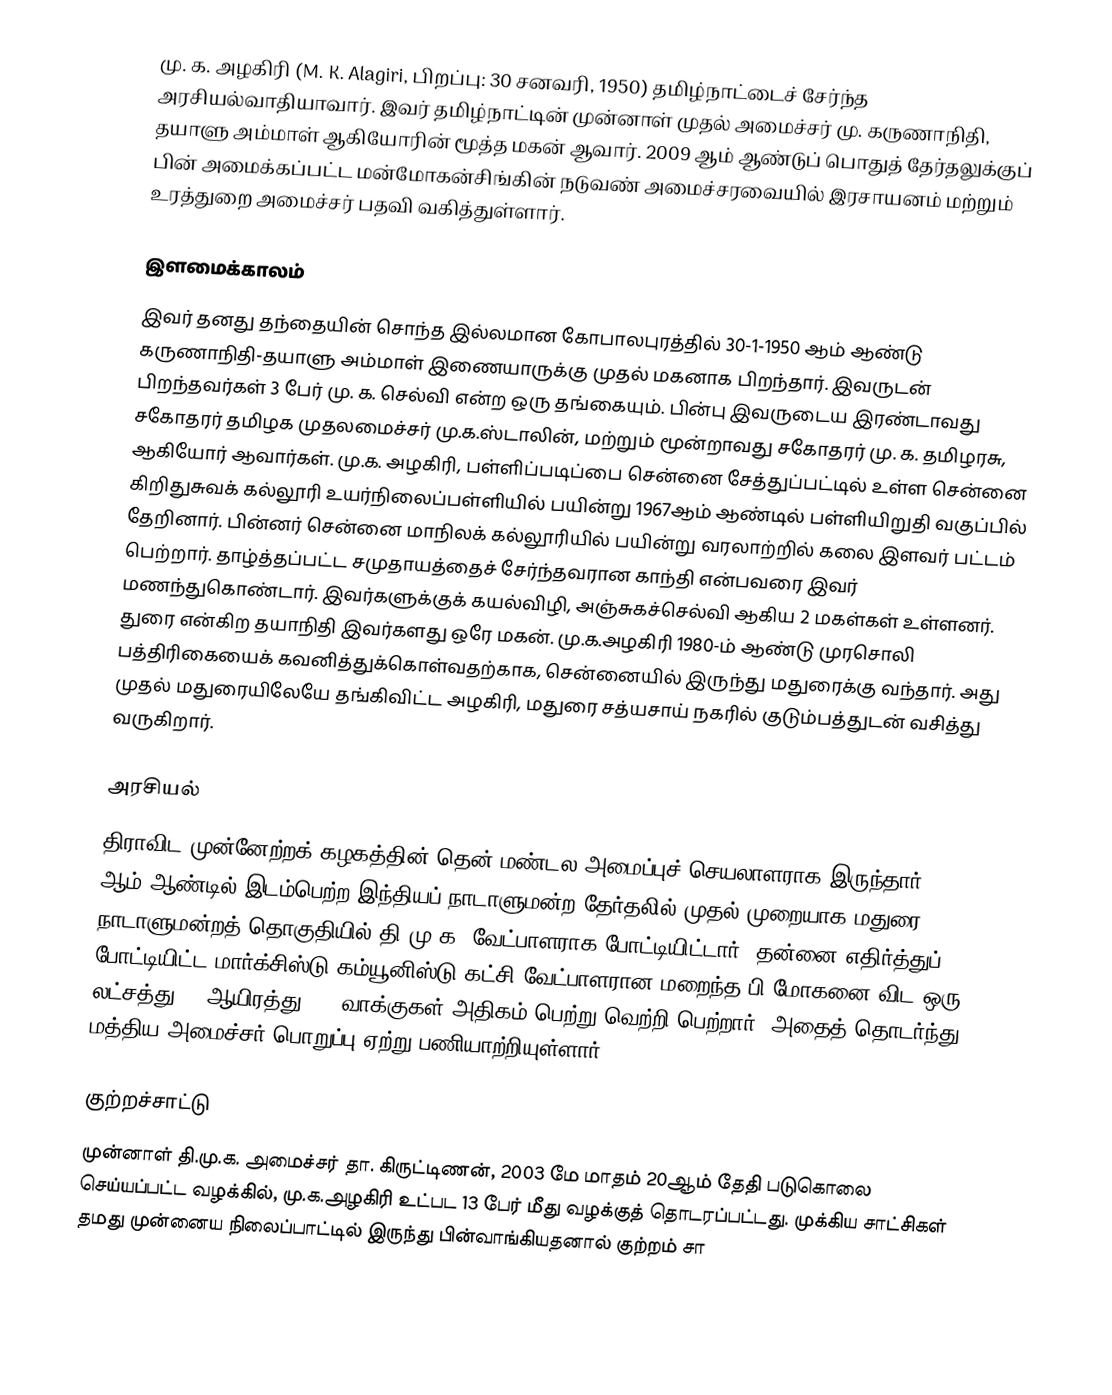
மு. க. அழகிரி (M. K. Alagiri, பிறப்பு: 30 சனவரி, 1950) தமிழ்நாட்டைச் சேர்ந்த அரசியல்வாதியாவார். இவர் தமிழ்நாட்டின் முன்னாள்  முதல் அமைச்சர் மு. கருணாநிதி, தயாளு அம்மாள் ஆகியோரின் மூத்த மகன் ஆவார். 2009 ஆம் ஆண்டுப் பொதுத் தேர்தலுக்குப் பின் அமைக்கப்பட்ட மன்மோகன்சிங்கின் நடுவண் அமைச்சரவையில் இரசாயனம் மற்றும் உரத்துறை அமைச்சர் பதவி வகித்துள்ளார்.

இளமைக்காலம்
இவர் தனது தந்தையின் சொந்த இல்லமான கோபாலபுரத்தில் 30-1-1950 ஆம் ஆண்டு கருணாநிதி-தயாளு அம்மாள் இணையாருக்கு முதல் மகனாக பிறந்தார். இவருடன் பிறந்தவர்கள் 3 பேர் மு. க. செல்வி என்ற ஒரு தங்கையும். பின்பு இவருடைய இரண்டாவது சகோதரர் தமிழக முதலமைச்சர் மு.க.ஸ்டாலின், மற்றும் மூன்றாவது சகோதரர் மு. க. தமிழரசு, ஆகியோர் ஆவார்கள். மு.க. அழகிரி, பள்ளிப்படிப்பை சென்னை சேத்துப்பட்டில் உள்ள சென்னை  கிறிதுசுவக் கல்லூரி உயர்நிலைப்பள்ளியில் பயின்று 1967ஆம் ஆண்டில் பள்ளியிறுதி வகுப்பில் தேறினார். பின்னர் சென்னை மாநிலக் கல்லூரியில் பயின்று வரலாற்றில் கலை இளவர் பட்டம் பெற்றார். தாழ்த்தப்பட்ட சமுதாயத்தைச் சேர்ந்தவரான காந்தி என்பவரை இவர் மணந்துகொண்டார். இவர்களுக்குக் கயல்விழி, அஞ்சுகச்செல்வி ஆகிய 2 மகள்கள் உள்ளனர். துரை என்கிற தயாநிதி இவர்களது ஒரே மகன். மு.க.அழகிரி 1980-ம் ஆண்டு முரசொலி பத்திரிகையைக் கவனித்துக்கொள்வதற்காக, சென்னையில் இருந்து மதுரைக்கு வந்தார். அது முதல் மதுரையிலேயே தங்கிவிட்ட அழகிரி, மதுரை சத்யசாய் நகரில் குடும்பத்துடன் வசித்து வருகிறார்.

அரசியல்
திராவிட முன்னேற்றக் கழகத்தின் தென் மண்டல அமைப்புச் செயலாளராக இருந்தார் .  2009 ஆம் ஆண்டில் இடம்பெற்ற இந்தியப் நாடாளுமன்ற தேர்தலில் முதல் முறையாக மதுரை நாடாளுமன்றத் தொகுதியில் தி.மு.க. வேட்பாளராக போட்டியிட்டார். தன்னை எதிர்த்துப் போட்டியிட்ட மார்க்சிஸ்டு கம்யூனிஸ்டு கட்சி வேட்பாளரான மறைந்த பி.மோகனை விட ஒரு லட்சத்து 40 ஆயிரத்து 985 வாக்குகள் அதிகம் பெற்று வெற்றி பெற்றார். அதைத் தொடர்ந்து மத்திய அமைச்சர் பொறுப்பு ஏற்று பணியாற்றியுள்ளார்.

குற்றச்சாட்டு
முன்னாள் தி.மு.க. அமைச்சர் தா. கிருட்டிணன், 2003 மே மாதம் 20ஆம் தேதி படுகொலை செய்யப்பட்ட வழக்கில், மு.க.அழகிரி உட்பட 13 பேர் மீது வழக்குத் தொடரப்பட்டது. முக்கிய சாட்சிகள் தமது முன்னைய நிலைப்பாட்டில் இருந்து பின்வாங்கியதனால் குற்றம் சா